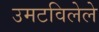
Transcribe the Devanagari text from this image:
उमटविलेले